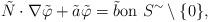
LaTeX: \begin{align*} \tilde N \cdot \nabla \tilde\varphi + \tilde a \tilde\varphi = \tilde b \textrm{on } S^\sim \setminus \{0\}, \end{align*}